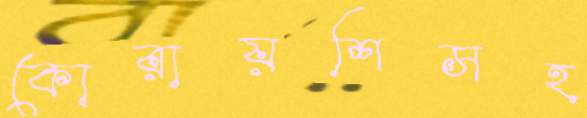
কোরায়শিসহ